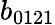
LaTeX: b_{0121}